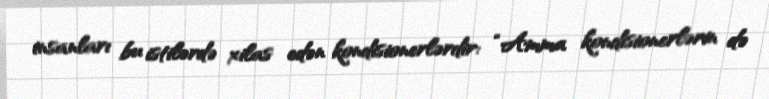
insanları bu istilərdə xilas edən kondisionerlərdir: “Amma kondisionerlərin də